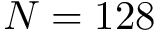
N = 1 2 8